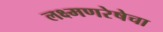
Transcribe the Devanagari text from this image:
लक्ष्मणरेषेचा